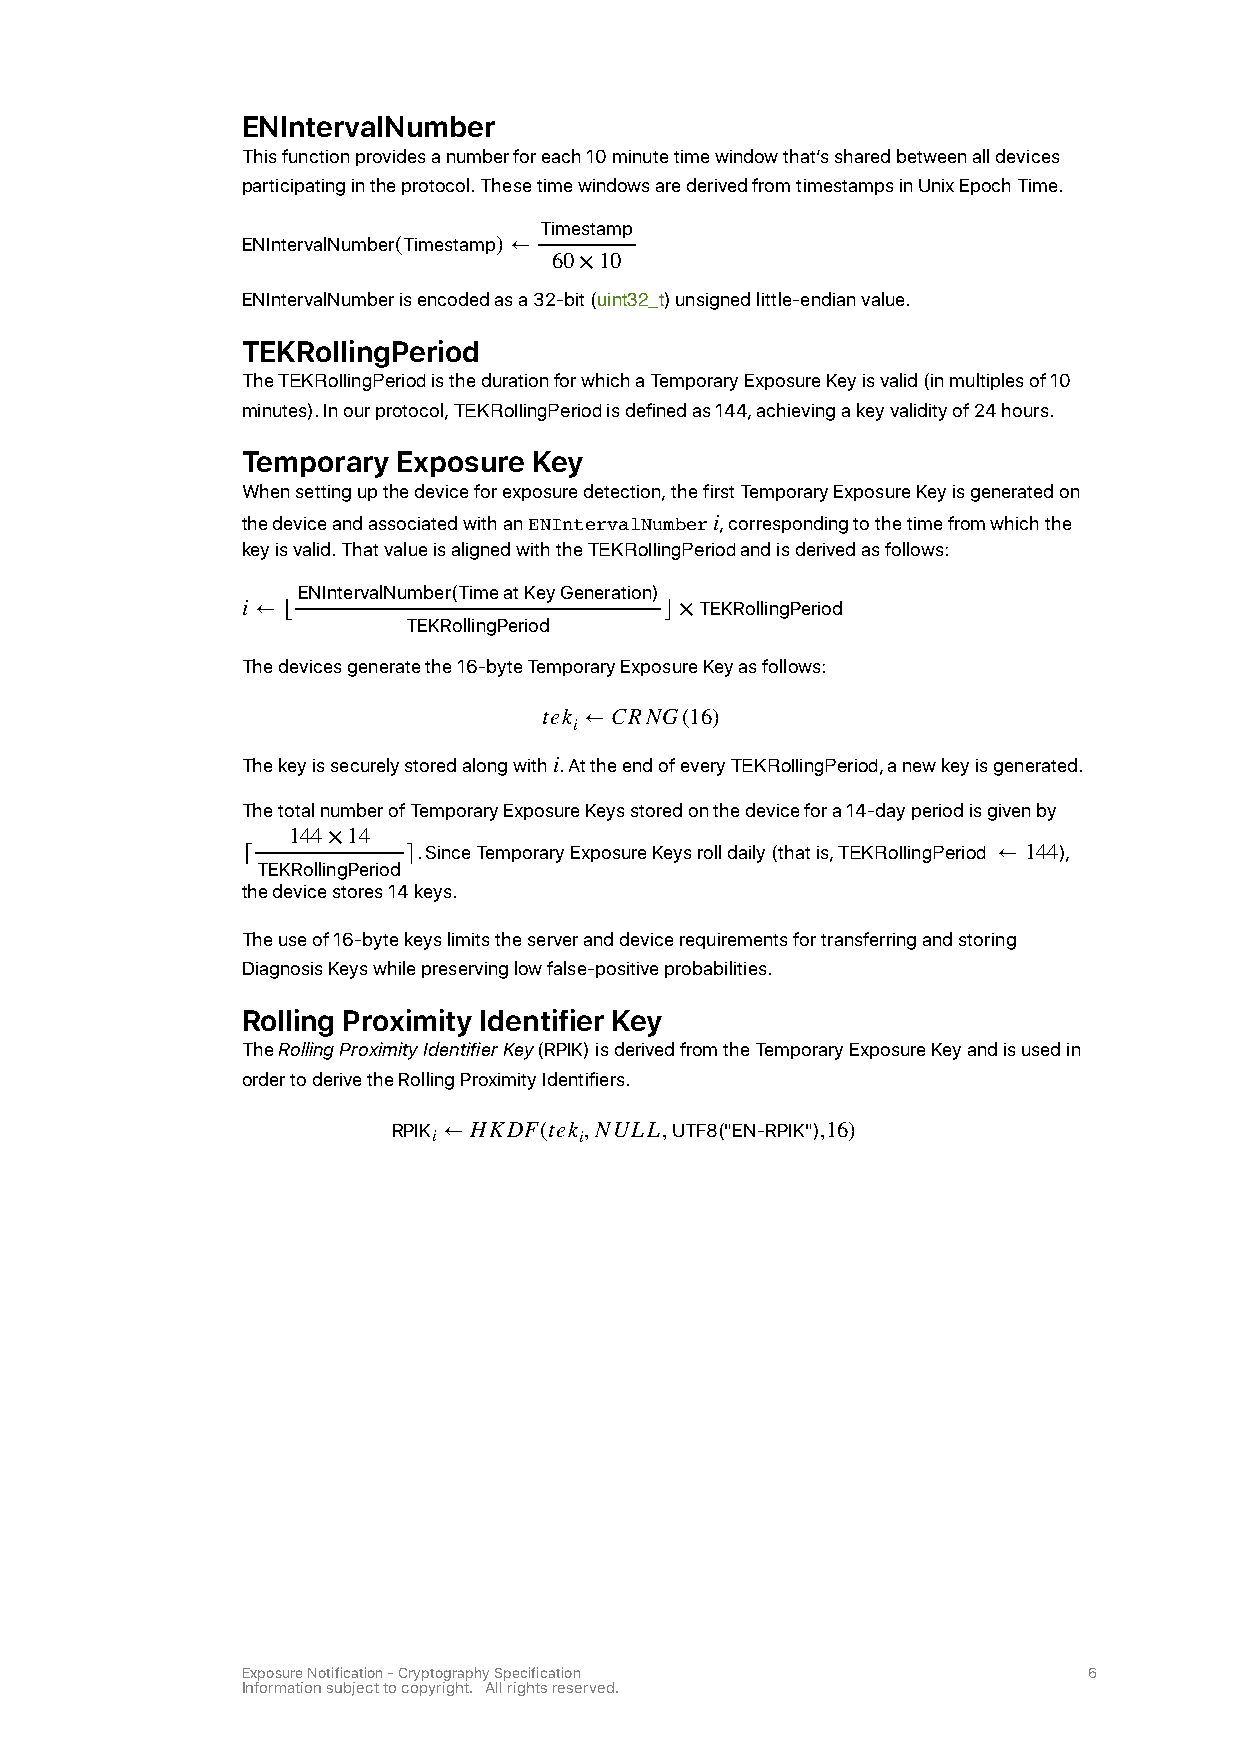
ENIntervalNumber
 This function provides a number for each 10 minute time window that’s shared between all devices
 participating in the protocol. These time windows are derived from timestamps in Unix Epoch Time.
 Timestamp
 ENIntervalNumber(Timestamp) ←
 60×10
 ENIntervalNumber is encoded as a 32-bit (uint32_t) unsigned little-endian value.
 TEKRollingPeriod
 The TEKRollingPeriod is the duration for which a Temporary Exposure Key is valid (in multiples of 10
 minutes). In our protocol, TEKRollingPeriod is defined as 144, achieving a key validity of 24 hours.
 Temporary Exposure Key
 When setting up the device for exposure detection, the first Temporary Exposure Key is generated on
 the device and associated with an ENIntervalNumber i, corresponding to the time from which the
 key is valid. That value is aligned with the TEKRollingPeriod and is derived as follows:
 ENIntervalNumber(Time at Key Generation)
 i ← ⌊                       ⌋×TEKRollingPeriod
 TEKRollingPeriod
 The devices generate the 16-byte Temporary Exposure Key as follows:
 tek ← CRNG(16)
 i
 The key is securely stored along with i. At the end of every TEKRollingPeriod, a new key is generated.
 The total number of Temporary Exposure Keys stored on the device for a 14-day period is given by
 144×14
 ⌈          ⌉. Since Temporary Exposure Keys roll daily (that is, TEKRollingPeriod ← 144),
 TEKRollingPeriod
 the device stores 14 keys.
 The use of 16-byte keys limits the server and device requirements for transferring and storing
 Diagnosis Keys while preserving low false-positive probabilities.
 Rolling Proximity Identifier Key
 The Rolling Proximity Identifier Key (RPIK) is derived from the Temporary Exposure Key and is used in
 order to derive the Rolling Proximity Identifiers.
 RPIK ← HKDF(tek,NULL,UTF8("EN-RPIK"),16)
 i        i
 Exposure Notification - Cryptography Specification      6
 Information subject to copyright. All rights reserved.